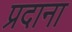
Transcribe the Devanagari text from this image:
प्रदाना